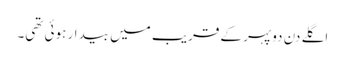
اگلے دن دوپہر کے قریب میں بیدار ہوئی تھی۔